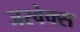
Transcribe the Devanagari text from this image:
जरवेक्स